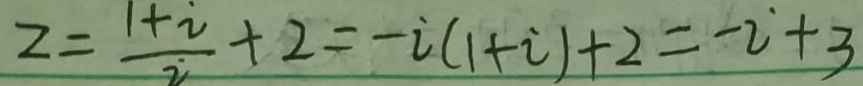
z = \frac { 1 + i } { 2 } + 2 = - i ( 1 + i ) + 2 = - i + 3